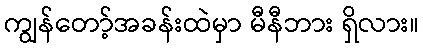
ကျွန်တော့်အခန်းထဲမှာ မီနီဘား ရှိလား။